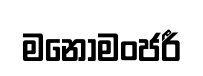
මනෝමංජරී